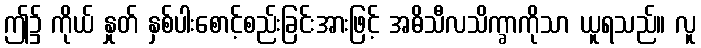
ဤ၌ ကိုယ် နှုတ် နှစ်ပါးစောင့်စည်းခြင်းအားဖြင့် အဓိသီလသိက္ခာကိုသာ ယူရသည်။ လူ